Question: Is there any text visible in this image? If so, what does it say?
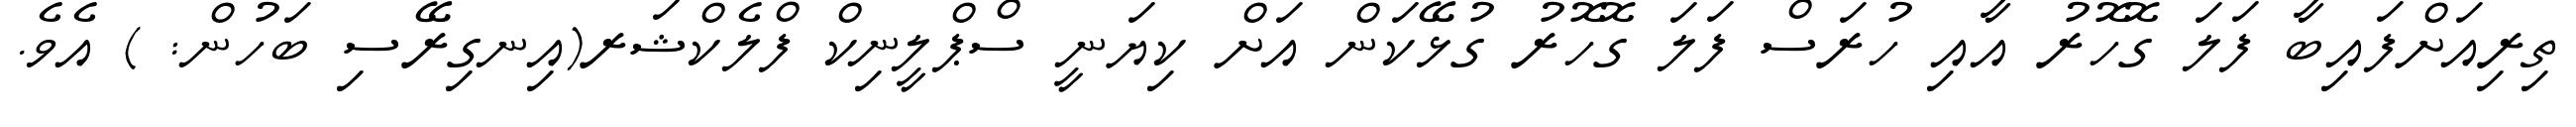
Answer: ތިރިއަށްފައިބާ ފަލަ ގޮހޮރު އާއި ހުރަސް ފަލަ ގޮހޮރު ގުޅޭކަން އަށް ކިޔަނީ ސްޕްލީނިކް ފްލެކްޝަރ(އިނގިރޭސި ބަހުން: ) އެވެ.